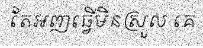
តែអញធ្វើមិនស្រួល គេ